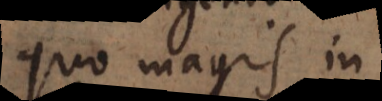
quo magis in